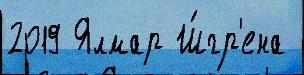
2019 Ялмар Ш́гр'ена